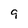
Character: 9